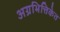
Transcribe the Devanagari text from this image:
अग्रभित्तिकेत